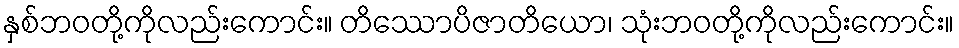
နှစ်ဘဝတို့ကိုလည်းကောင်း။ တိဿောပိဇာတိယော၊ သုံးဘဝတို့ကိုလည်းကောင်း။